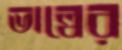
ভাল্বের